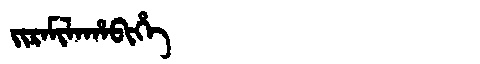
Manchu: ᠵᡳᡵᠠᠮᡳᠯᠠᡥᠠᠪᡳᡥᡝ
Romanization: JIRAMILAHABIHE